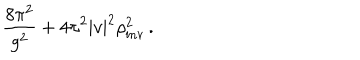
\frac { 8 \pi ^ { 2 } } { g ^ { 2 } } + 4 \pi ^ { 2 } | v | ^ { 2 } \rho _ { \mathrm { i n v } } ^ { 2 } \, .